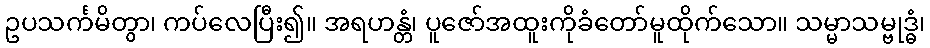
ဥပသင်္ကမိတွာ၊ ကပ်လေပြီး၍။ အရဟန္တံ၊ ပူဇော်အထူးကိုခံတော်မူထိုက်သော။ သမ္မာသမ္ဗုဒ္ဓံ၊